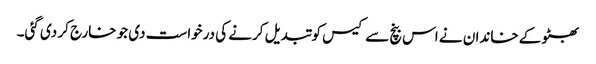
بھٹو کے خاندان نے اس بنچ سے کیس کو تبدیل کرنے کی درخواست دی جو خارج کر دی گئی۔